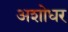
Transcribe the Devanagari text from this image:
अशोधर